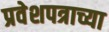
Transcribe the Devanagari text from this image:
प्रवेशपत्राच्या